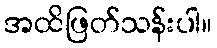
အထိဖြတ်သန်းပါ။